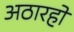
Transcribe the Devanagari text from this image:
अठारहो